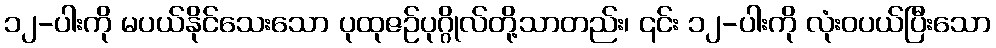
၁၂-ပါးကို မပယ်နိုင်သေးသော ပုထုဇဉ်ပုဂ္ဂိုလ်တို့သာတည်း၊ ၎င်း ၁၂-ပါးကို လုံးဝပယ်ပြီးသော